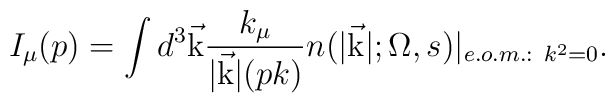
I_\mu (p)=\int {d^3\vec {\rm k}}{k_\mu \over  \vert \vec  {\rm k}\vert (pk)}n(\vert \vec {\rm k}\vert ;\Omega ,s) \vert_{e.o.m.:\ k^2=0}.